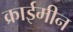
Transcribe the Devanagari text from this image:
क्राईमीन